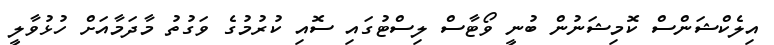
އިލެކްޝަންސް ކޮމިޝަނުން ބުނީ ވޯޓާސް ލިސްޓުގައި ސޮއި ކުރުމުގެ ވަގުތު މާދަމާއަށް ހުޅުވާލީ